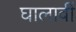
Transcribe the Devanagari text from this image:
घालावीं